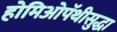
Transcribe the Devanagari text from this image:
होमिओपॅथीसुद्धा